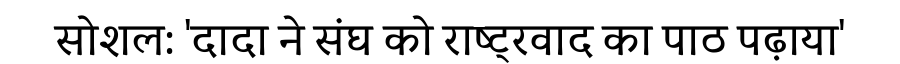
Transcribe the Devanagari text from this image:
सोशल: 'दादा ने संघ को राष्ट्रवाद का पाठ पढ़ाया'